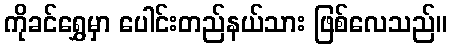
ကိုခင်ရွှေမှာ ပေါင်းတည်နယ်သား ဖြစ်လေသည်။